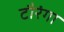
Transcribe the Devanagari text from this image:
टौरंगा